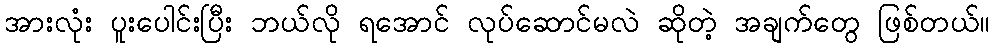
အားလုံး ပူးပေါင်းပြီး ဘယ်လို ရအောင် လုပ်ဆောင်မလဲ ဆိုတဲ့ အချက်တွေ ဖြစ်တယ်။